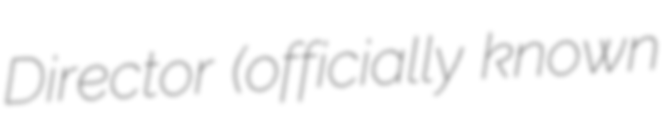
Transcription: Director (officially known